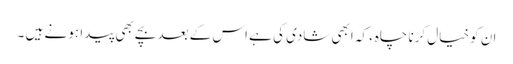
ان کو خیال کرنا چاہء کہ ابھی شادی کی ہے اس کے بعد بچے بھی پیدا ہو نے ہیں ۔